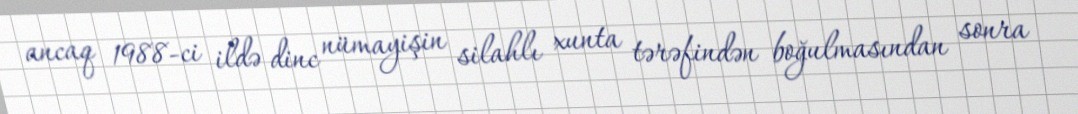
ancaq 1988-ci ildə dinc nümayişin silahlı xunta tərəfindən boğulmasından sonra